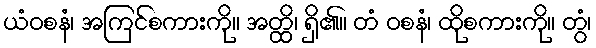
ယံဝစနံ၊ အကြင်စကားကို။ အတ္ထိ၊ ရှိ၏။ တံ ဝစနံ၊ ထိုစကားကို။ တွံ၊